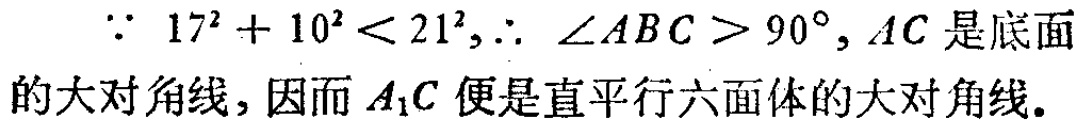
$\because 17^{2}+10^{2}<21^{2},\therefore \angle ABC>90^{\circ},AC$是底面的大对角线,因而$A_{1}C$便是直平行六面体的大对角线。